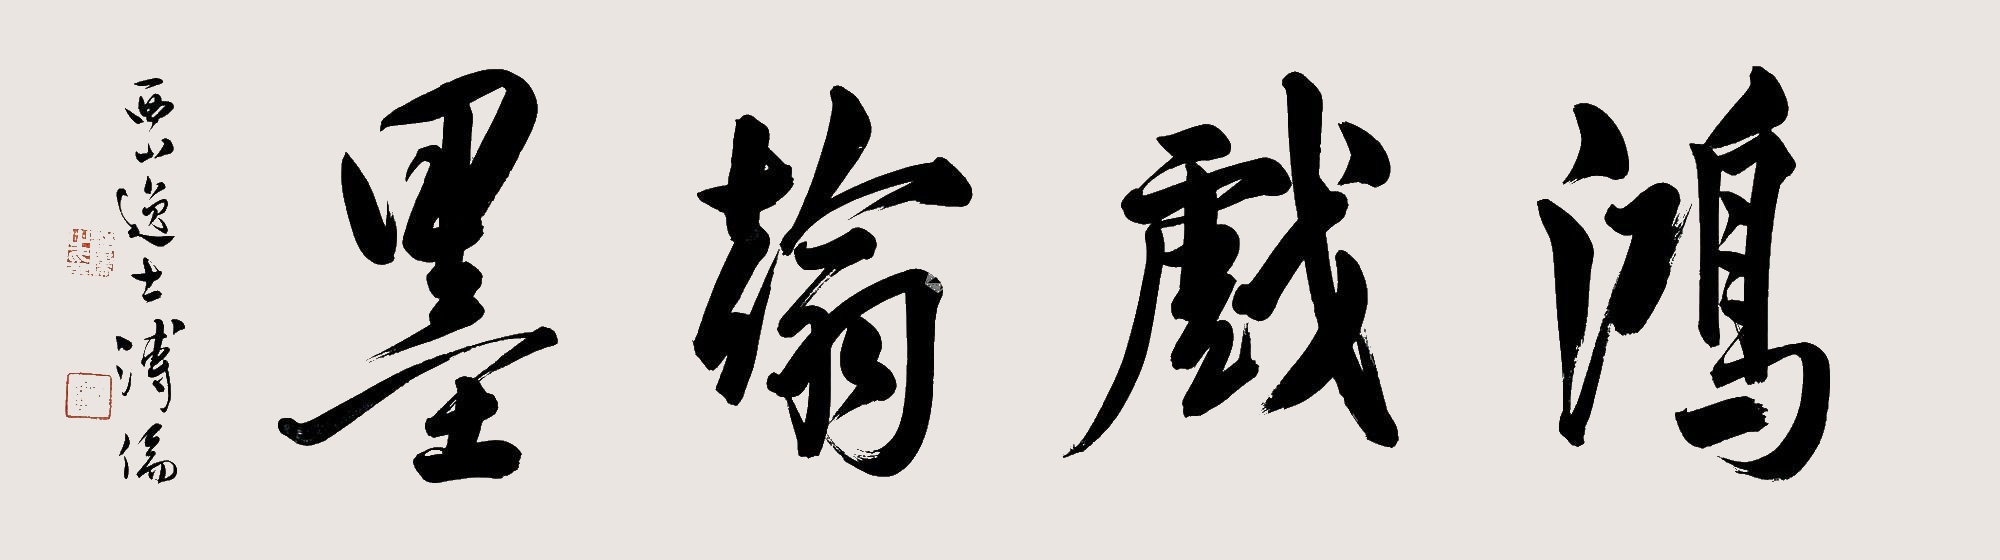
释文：鸿戏翰墨西山逸士溥儒